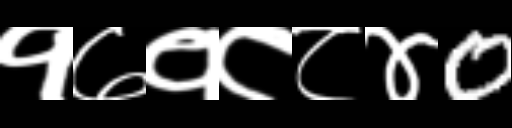
Text: १७१८८४0